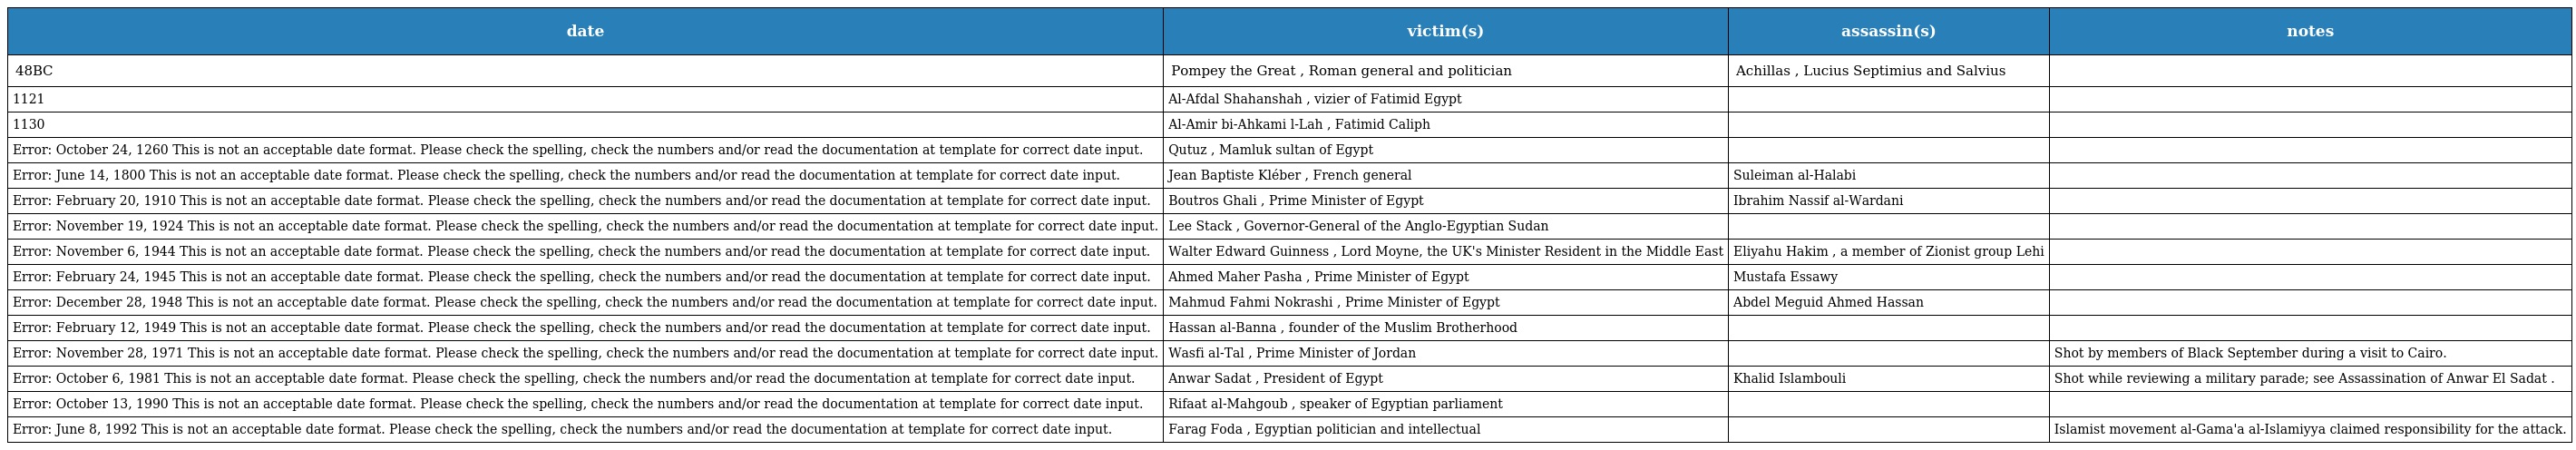
| date | victim(s) | assassin(s) | notes |
 | --- | --- | --- | --- |
 | 48BC | Pompey the Great , Roman general and politician | Achillas , Lucius Septimius and Salvius |  |
 | 1121 | Al-Afdal Shahanshah , vizier of Fatimid Egypt |  |  |
 | 1130 | Al-Amir bi-Ahkami l-Lah , Fatimid Caliph |  |  |
 | Error: October 24, 1260 This is not an acceptable date format. Please check the spelling, check the numbers and/or read the documentation at template for correct date input. | Qutuz , Mamluk sultan of Egypt |  |  |
 | Error: June 14, 1800 This is not an acceptable date format. Please check the spelling, check the numbers and/or read the documentation at template for correct date input. | Jean Baptiste Kléber , French general | Suleiman al-Halabi |  |
 | Error: February 20, 1910 This is not an acceptable date format. Please check the spelling, check the numbers and/or read the documentation at template for correct date input. | Boutros Ghali , Prime Minister of Egypt | Ibrahim Nassif al-Wardani |  |
 | Error: November 19, 1924 This is not an acceptable date format. Please check the spelling, check the numbers and/or read the documentation at template for correct date input. | Lee Stack , Governor-General of the Anglo-Egyptian Sudan |  |  |
 | Error: November 6, 1944 This is not an acceptable date format. Please check the spelling, check the numbers and/or read the documentation at template for correct date input. | Walter Edward Guinness , Lord Moyne, the UK's Minister Resident in the Middle East | Eliyahu Hakim , a member of Zionist group Lehi |  |
 | Error: February 24, 1945 This is not an acceptable date format. Please check the spelling, check the numbers and/or read the documentation at template for correct date input. | Ahmed Maher Pasha , Prime Minister of Egypt | Mustafa Essawy |  |
 | Error: December 28, 1948 This is not an acceptable date format. Please check the spelling, check the numbers and/or read the documentation at template for correct date input. | Mahmud Fahmi Nokrashi , Prime Minister of Egypt | Abdel Meguid Ahmed Hassan |  |
 | Error: February 12, 1949 This is not an acceptable date format. Please check the spelling, check the numbers and/or read the documentation at template for correct date input. | Hassan al-Banna , founder of the Muslim Brotherhood |  |  |
 | Error: November 28, 1971 This is not an acceptable date format. Please check the spelling, check the numbers and/or read the documentation at template for correct date input. | Wasfi al-Tal , Prime Minister of Jordan |  | Shot by members of Black September during a visit to Cairo. |
 | Error: October 6, 1981 This is not an acceptable date format. Please check the spelling, check the numbers and/or read the documentation at template for correct date input. | Anwar Sadat , President of Egypt | Khalid Islambouli | Shot while reviewing a military parade; see Assassination of Anwar El Sadat . |
 | Error: October 13, 1990 This is not an acceptable date format. Please check the spelling, check the numbers and/or read the documentation at template for correct date input. | Rifaat al-Mahgoub , speaker of Egyptian parliament |  |  |
 | Error: June 8, 1992 This is not an acceptable date format. Please check the spelling, check the numbers and/or read the documentation at template for correct date input. | Farag Foda , Egyptian politician and intellectual |  | Islamist movement al-Gama'a al-Islamiyya claimed responsibility for the attack. |